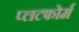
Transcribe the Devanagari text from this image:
प्लटफोर्म